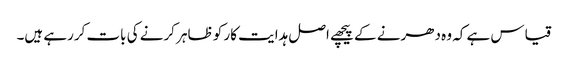
قیاس ہے کہ وہ دھرنے کے پیچھے اصل ہدایت کار کو ظاہر کرنے کی بات کررہے ہیں۔